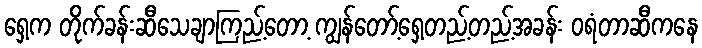
ရှေ့က တိုက်ခန်းဆီသေချာကြည့်တော့ ကျွန်တော့်ရှေ့တည့်တည့်အခန်း ဝရံတာဆီကနေ